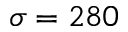
\sigma = 2 8 0